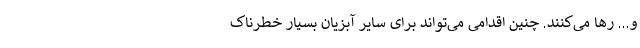
و... رها می‌کنند. چنین اقدامی می‌تواند برای سایر آبزیان بسیار خطرناک